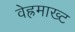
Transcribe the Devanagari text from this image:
वेह्रमाख्ट